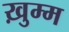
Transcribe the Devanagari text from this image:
ख़ुम्म